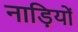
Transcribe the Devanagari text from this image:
नाड़ियों